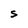
Character: S